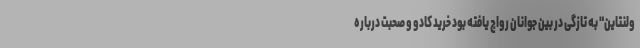
ولنتاین" به تازگی در بین جوانان رواج یافته بود خرید کادو و صحبت درباره